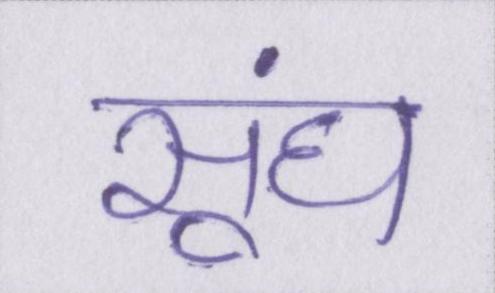
सूंघ